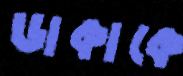
ডাকাকে